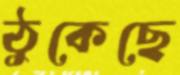
ঠুকেছে